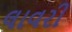
લાવરી